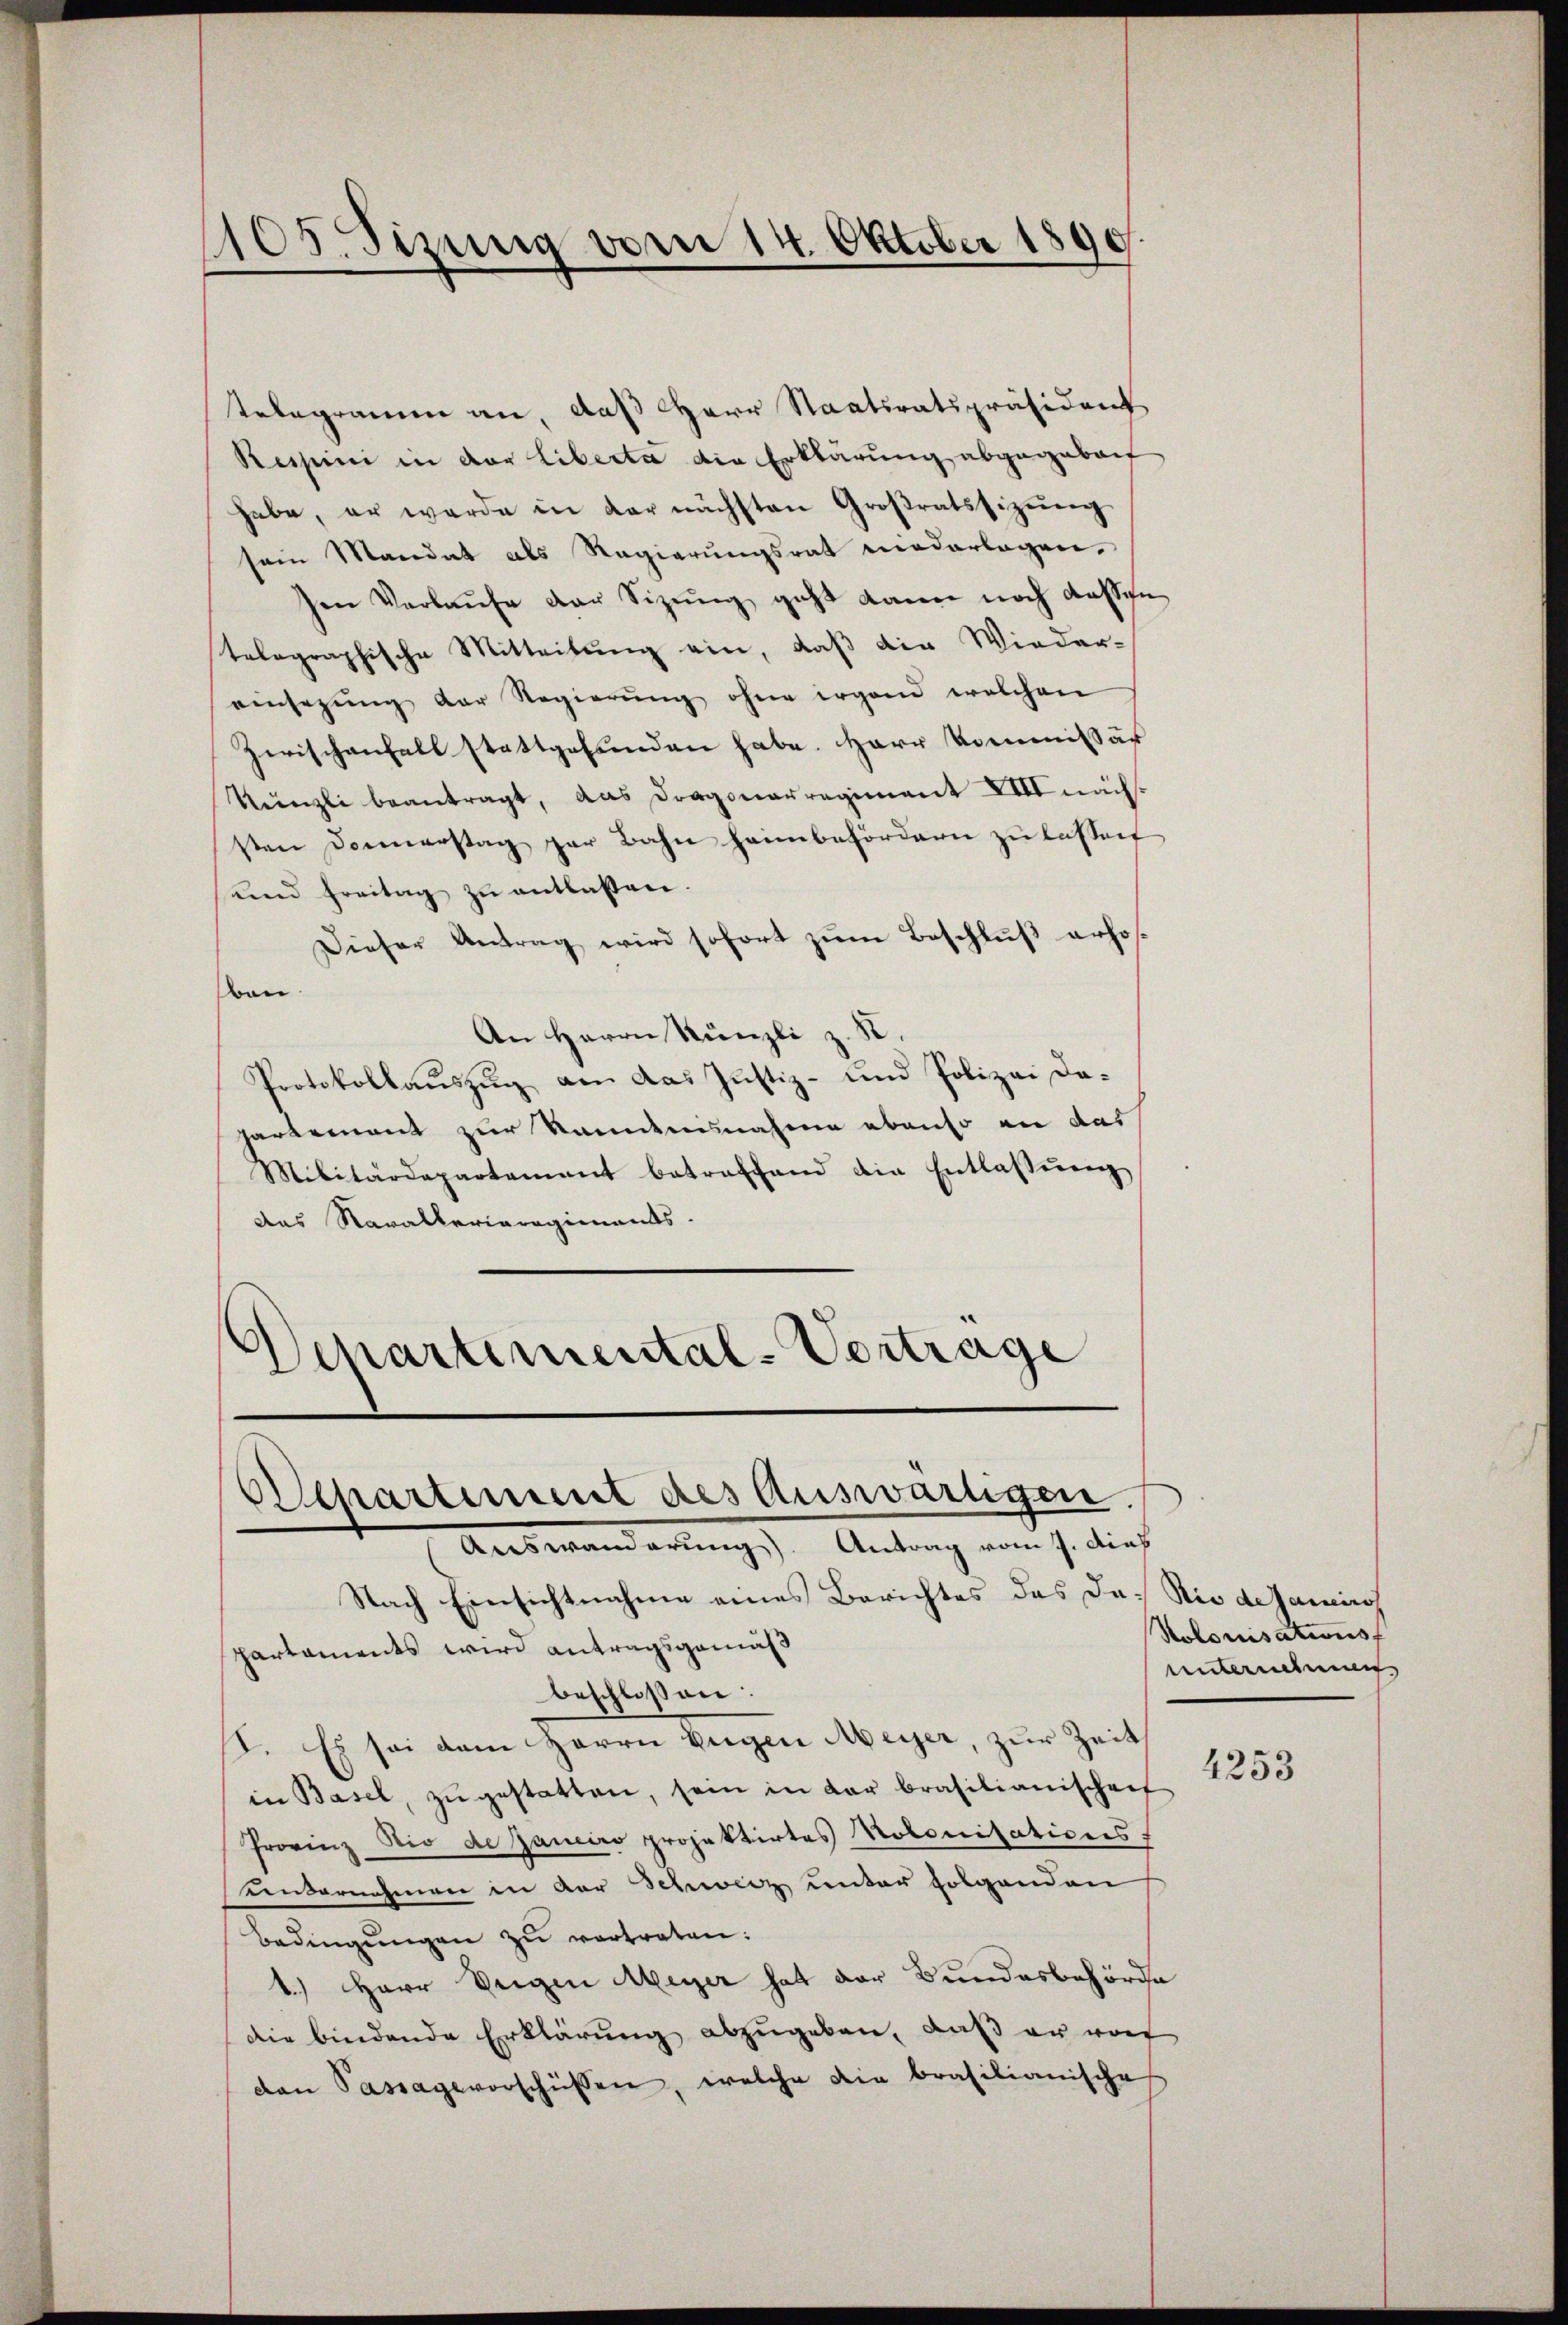
1105. Sizung vom 14. Oktober 1890.

telegramm an, daß Herr Staatsratspräsident
Ressini in der Libecta die Erklärung abgegebet
habe, er werde in der nächsten Großratssizŭng
sein Mandat als Regierungsrat wederlagen,
sen Verlaŭfe der Sizŭng geht dann noch dassen
telographische Mitteilŭng ein, daß die Wieder-
einsezung der Regierŭng ohne irgend welchen
zwischenfall stattgefunden habe. Herr Kommissär
Künzli beantragt, das Dragonarregiment VIII nächssten Donnerstag par Bahn heimbefördern zu lassen
ŭnd Freitag zŭ entlassen.
Dieser Antrag wird sofort zŭm Beschlŭβ erhos-
en
An Herrn Künzli z. S
Protokollauszug am das Justiz- und Polizei dahartement zur Kantannahme ebenso an das
Militärdepartement betreffend die Entlassŭng
das Navallerieregiments.
Separtimental-Vortrage

Departement des Auswärtigen.

Auswanderung. Antrag vom 7. dies
Nach Einsichtnahme eines Berichtes des das Rio de Janeiro
partaments wird antragsgemäß
beschlossen:
. Es sei dem Herrn Eigen Meyer, zur Zeit
in Basel, zŭgestatten, sein in der brasilianischenf
Provinz Dir de Janeiro projektirtes Notonisations
undernehmen in der Schweiz unter folgenden
Bedingŭngen zu vertreten:
1.) Herr Weigen Meyer hat der Bundesbehörde
Die bindende Erklärung abzugeben, daß er wo
dan Passagevorschüssen, welche die brasilianische

Kolonisationsf
unternehmen
4253